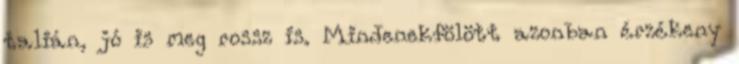
talián, jó is meg rossz is. Mindenekfölött azonban érzékeny